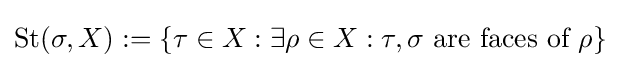
{\textstyle \operatorname {St} (\sigma ,X):=\{\tau \in X:\exists \rho \in X:\tau ,\sigma {\text{ are faces of }}\rho \}}